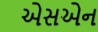
એસએન